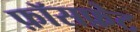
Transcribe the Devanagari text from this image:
फ़ॉसफ़ेट